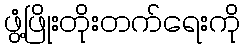
ဖွံ့ဖြိုးတိုးတက်ရေးကို